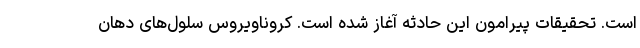
است. تحقیقات پیرامون این حادثه آغاز شده است. کروناویروس سلول‌های دهان